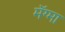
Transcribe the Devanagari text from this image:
मॅग्मा